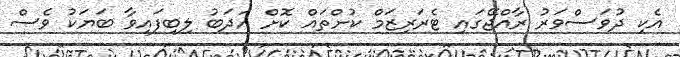
އެކި ދުވަސްވަރު ރާއްޖޭގައި ޓެރަރިޒަމް ކުށްތައް ކޮށް އަދަބު ލިބިފައިވާ ބަޔަކު ވެސް